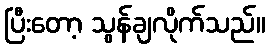
ပြီးတော့ သွန်ချလိုက်သည်။